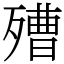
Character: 𣩒